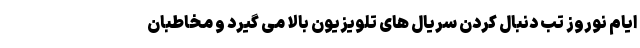
ایام نوروز تب دنبال کردن سریال های تلویزیون بالا می گیرد و مخاطبان